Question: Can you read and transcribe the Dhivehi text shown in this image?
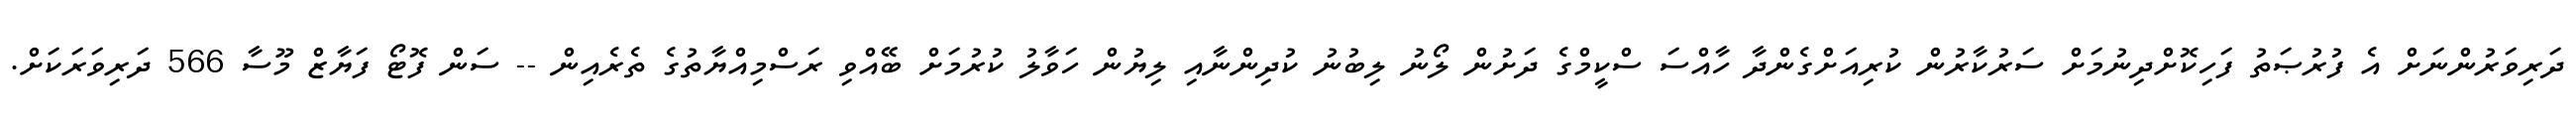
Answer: ދަރިވަރުންނަށް އެ ފުރުޞަތު ފަހިކޮށްދިނުމަށް ސަރުކާރުން ކުރިއަށްގެންދާ ހާއްސަ ސްކީމްގެ ދަށުން ލޯނު ލިބުނު ކުދިންނާއި ލިޔުން ހަވާލު ކުރުމަށް ބޭއްވި ރަސްމިއްޔާތުގެ ތެރެއިން -- ސަން ފޮޓޯ ފަޔާޒް މޫސާ 566 ދަރިވަރަކަށް.